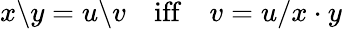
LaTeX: x\backslash y=u\backslash v\quad{\mathrm{iff}}\quad v=u/x\cdot y